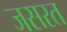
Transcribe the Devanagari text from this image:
जसरत